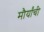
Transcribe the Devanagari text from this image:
मौर्यांची